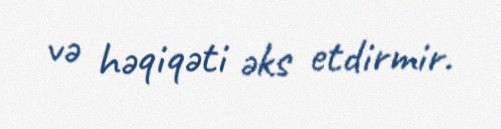
və həqiqəti əks etdirmir.